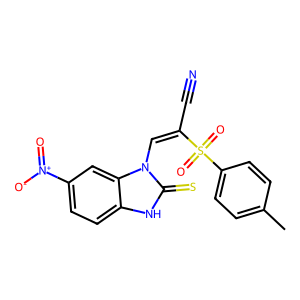
SMILES: Cc1ccc(S(=O)(=O)C(C#N)=Cn2c(=S)[nH]c3ccc([N+](=O)[O-])cc32)cc1
Inhibits HIV replication: No